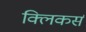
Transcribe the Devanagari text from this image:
क्लिकर्स